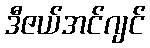
ဒီဇယ်အင်ဂျင်